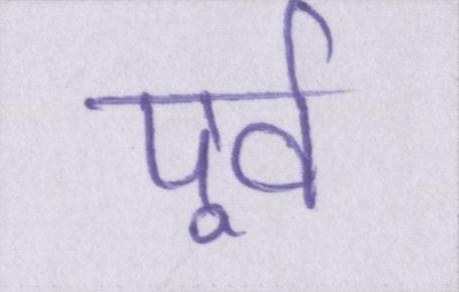
पूर्व